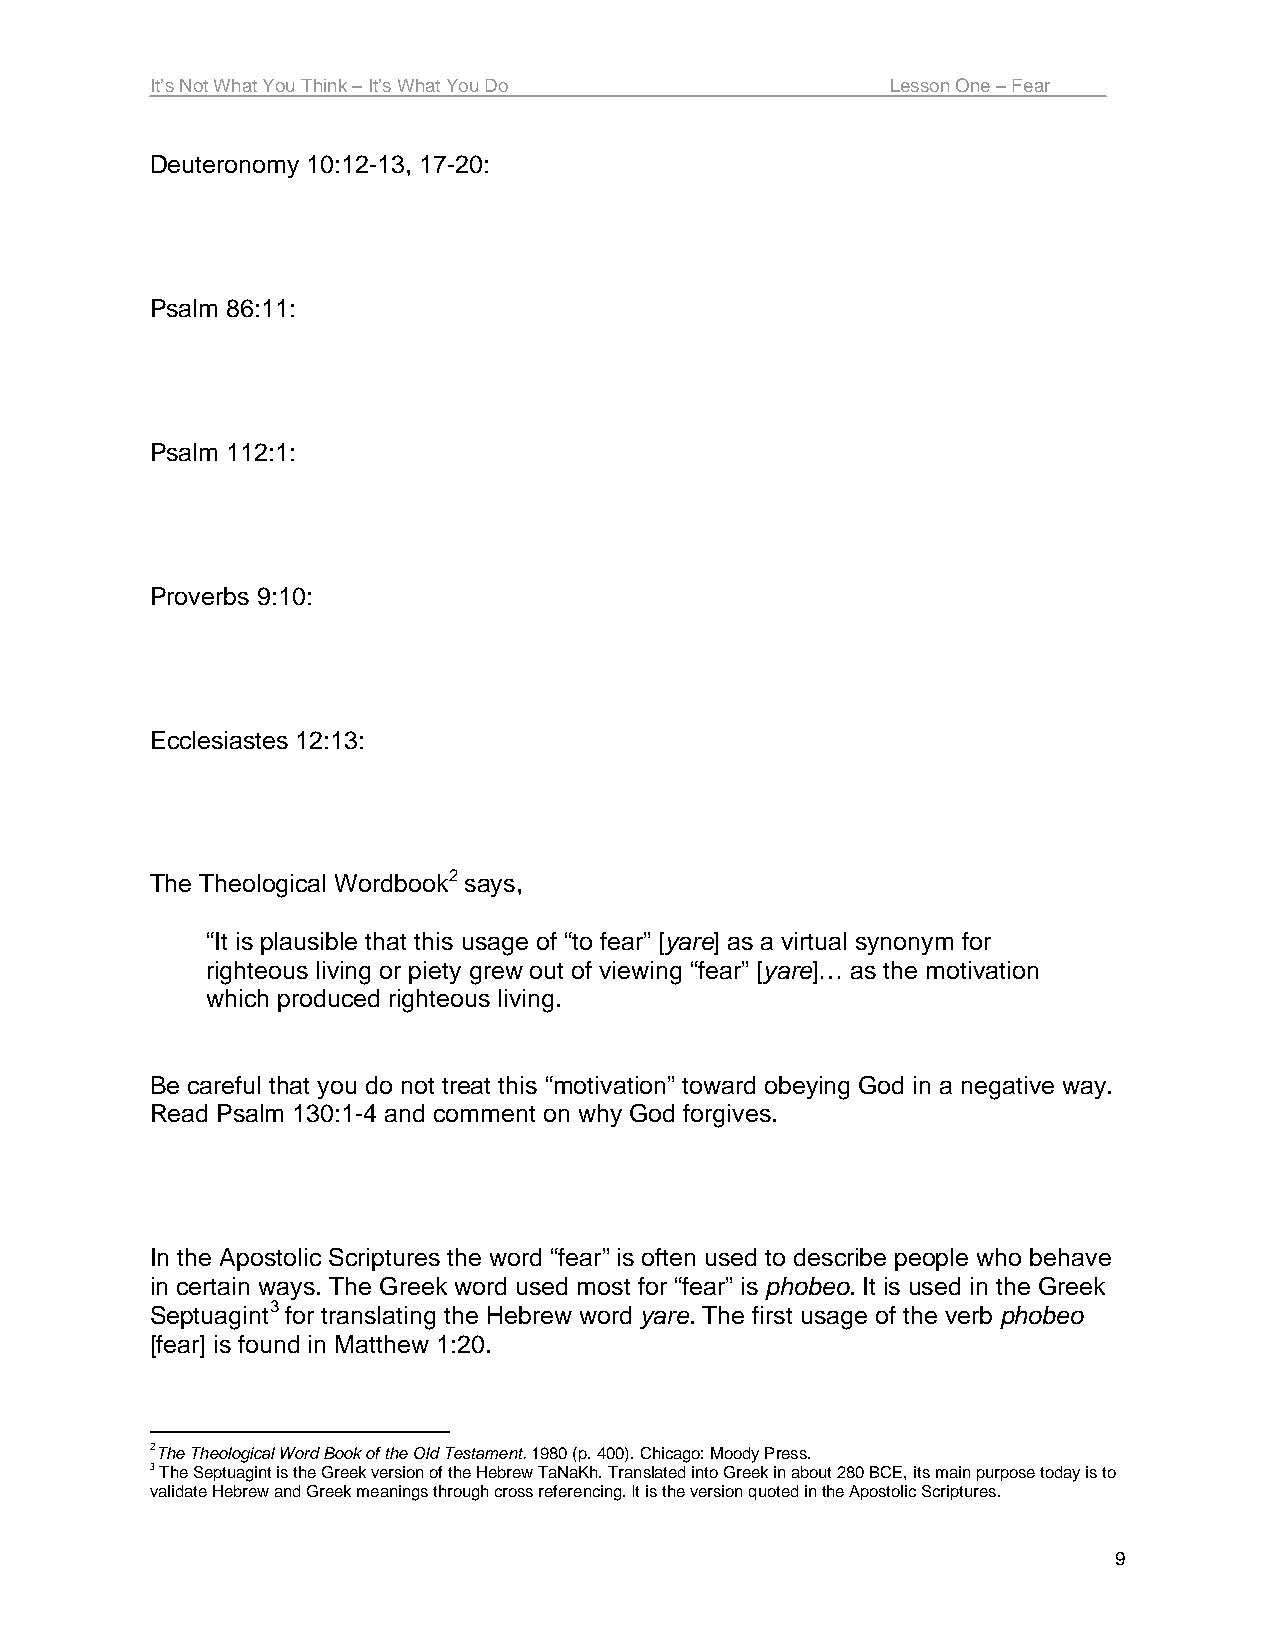
It’s Not What You Think – It’s What You Do       Lesson One – Fear
 Deuteronomy 10:12-13, 17-20:
 Psalm 86:11:
 Psalm 112:1:
 Proverbs 9:10:
 Ecclesiastes 12:13:
 The Theological Wordbook2 says,
 “It is plausible that this usage of “to fear” [yare] as a virtual synonym for
 righteous living or piety grew out of viewing “fear” [yare]… as the motivation
 which produced righteous living.
 Be careful that you do not treat this “motivation” toward obeying God in a negative way.
 Read Psalm 130:1-4 and comment on why God forgives.
 In the Apostolic Scriptures the word “fear” is often used to describe people who behave
 in certain ways. The Greek word used most for “fear” is phobeo. It is used in the Greek
 Septuagint3 for translating the Hebrew word yare. The first usage of the verb phobeo
 [fear] is found in Matthew 1:20.
 2The Theological Word Book of the Old Testament. 1980 (p. 400). Chicago: Moody Press.
 3 The Septuagint is the Greek version of the Hebrew TaNaKh. Translated into Greek in about 280 BCE, its main purpose today is to
 validate Hebrew and Greek meanings through cross referencing. It is the version quoted in the Apostolic Scriptures.
 9